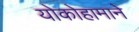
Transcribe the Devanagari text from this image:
योकोहामाने